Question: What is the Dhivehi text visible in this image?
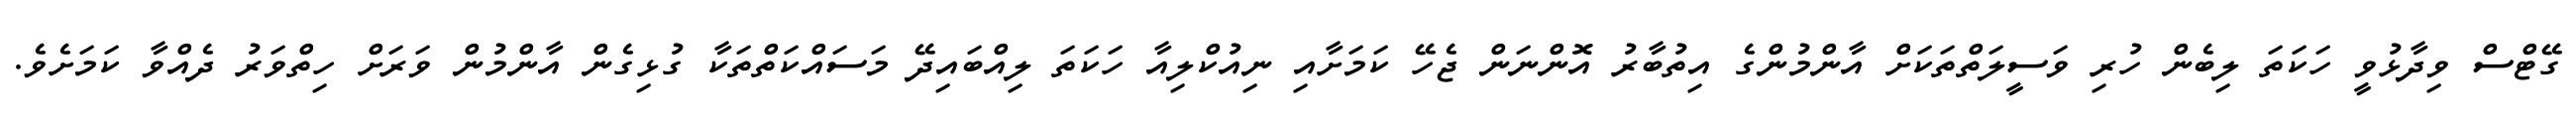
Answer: ގޭޓްސް ވިދާޅުވީ ހަކަތަ ލިބެން ހުރި ވަސީލަތްތަކަށް އާންމުންގެ އިތުބާރު އޮންނަން ޖެހޭ ކަމަށާއި ނިއުކްލިއާ ހަކަތަ ލިއްބައިދޭ މަސައްކަތްތަކާ ގުޅިގެން އާންމުން ވަރަށް ހިތްވަރު ދެއްވާ ކަމަށެވެ.